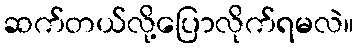
ဆက်တယ်လို့ပြောလိုက်ရမလဲ။